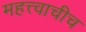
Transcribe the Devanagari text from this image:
महत्त्वाचीच